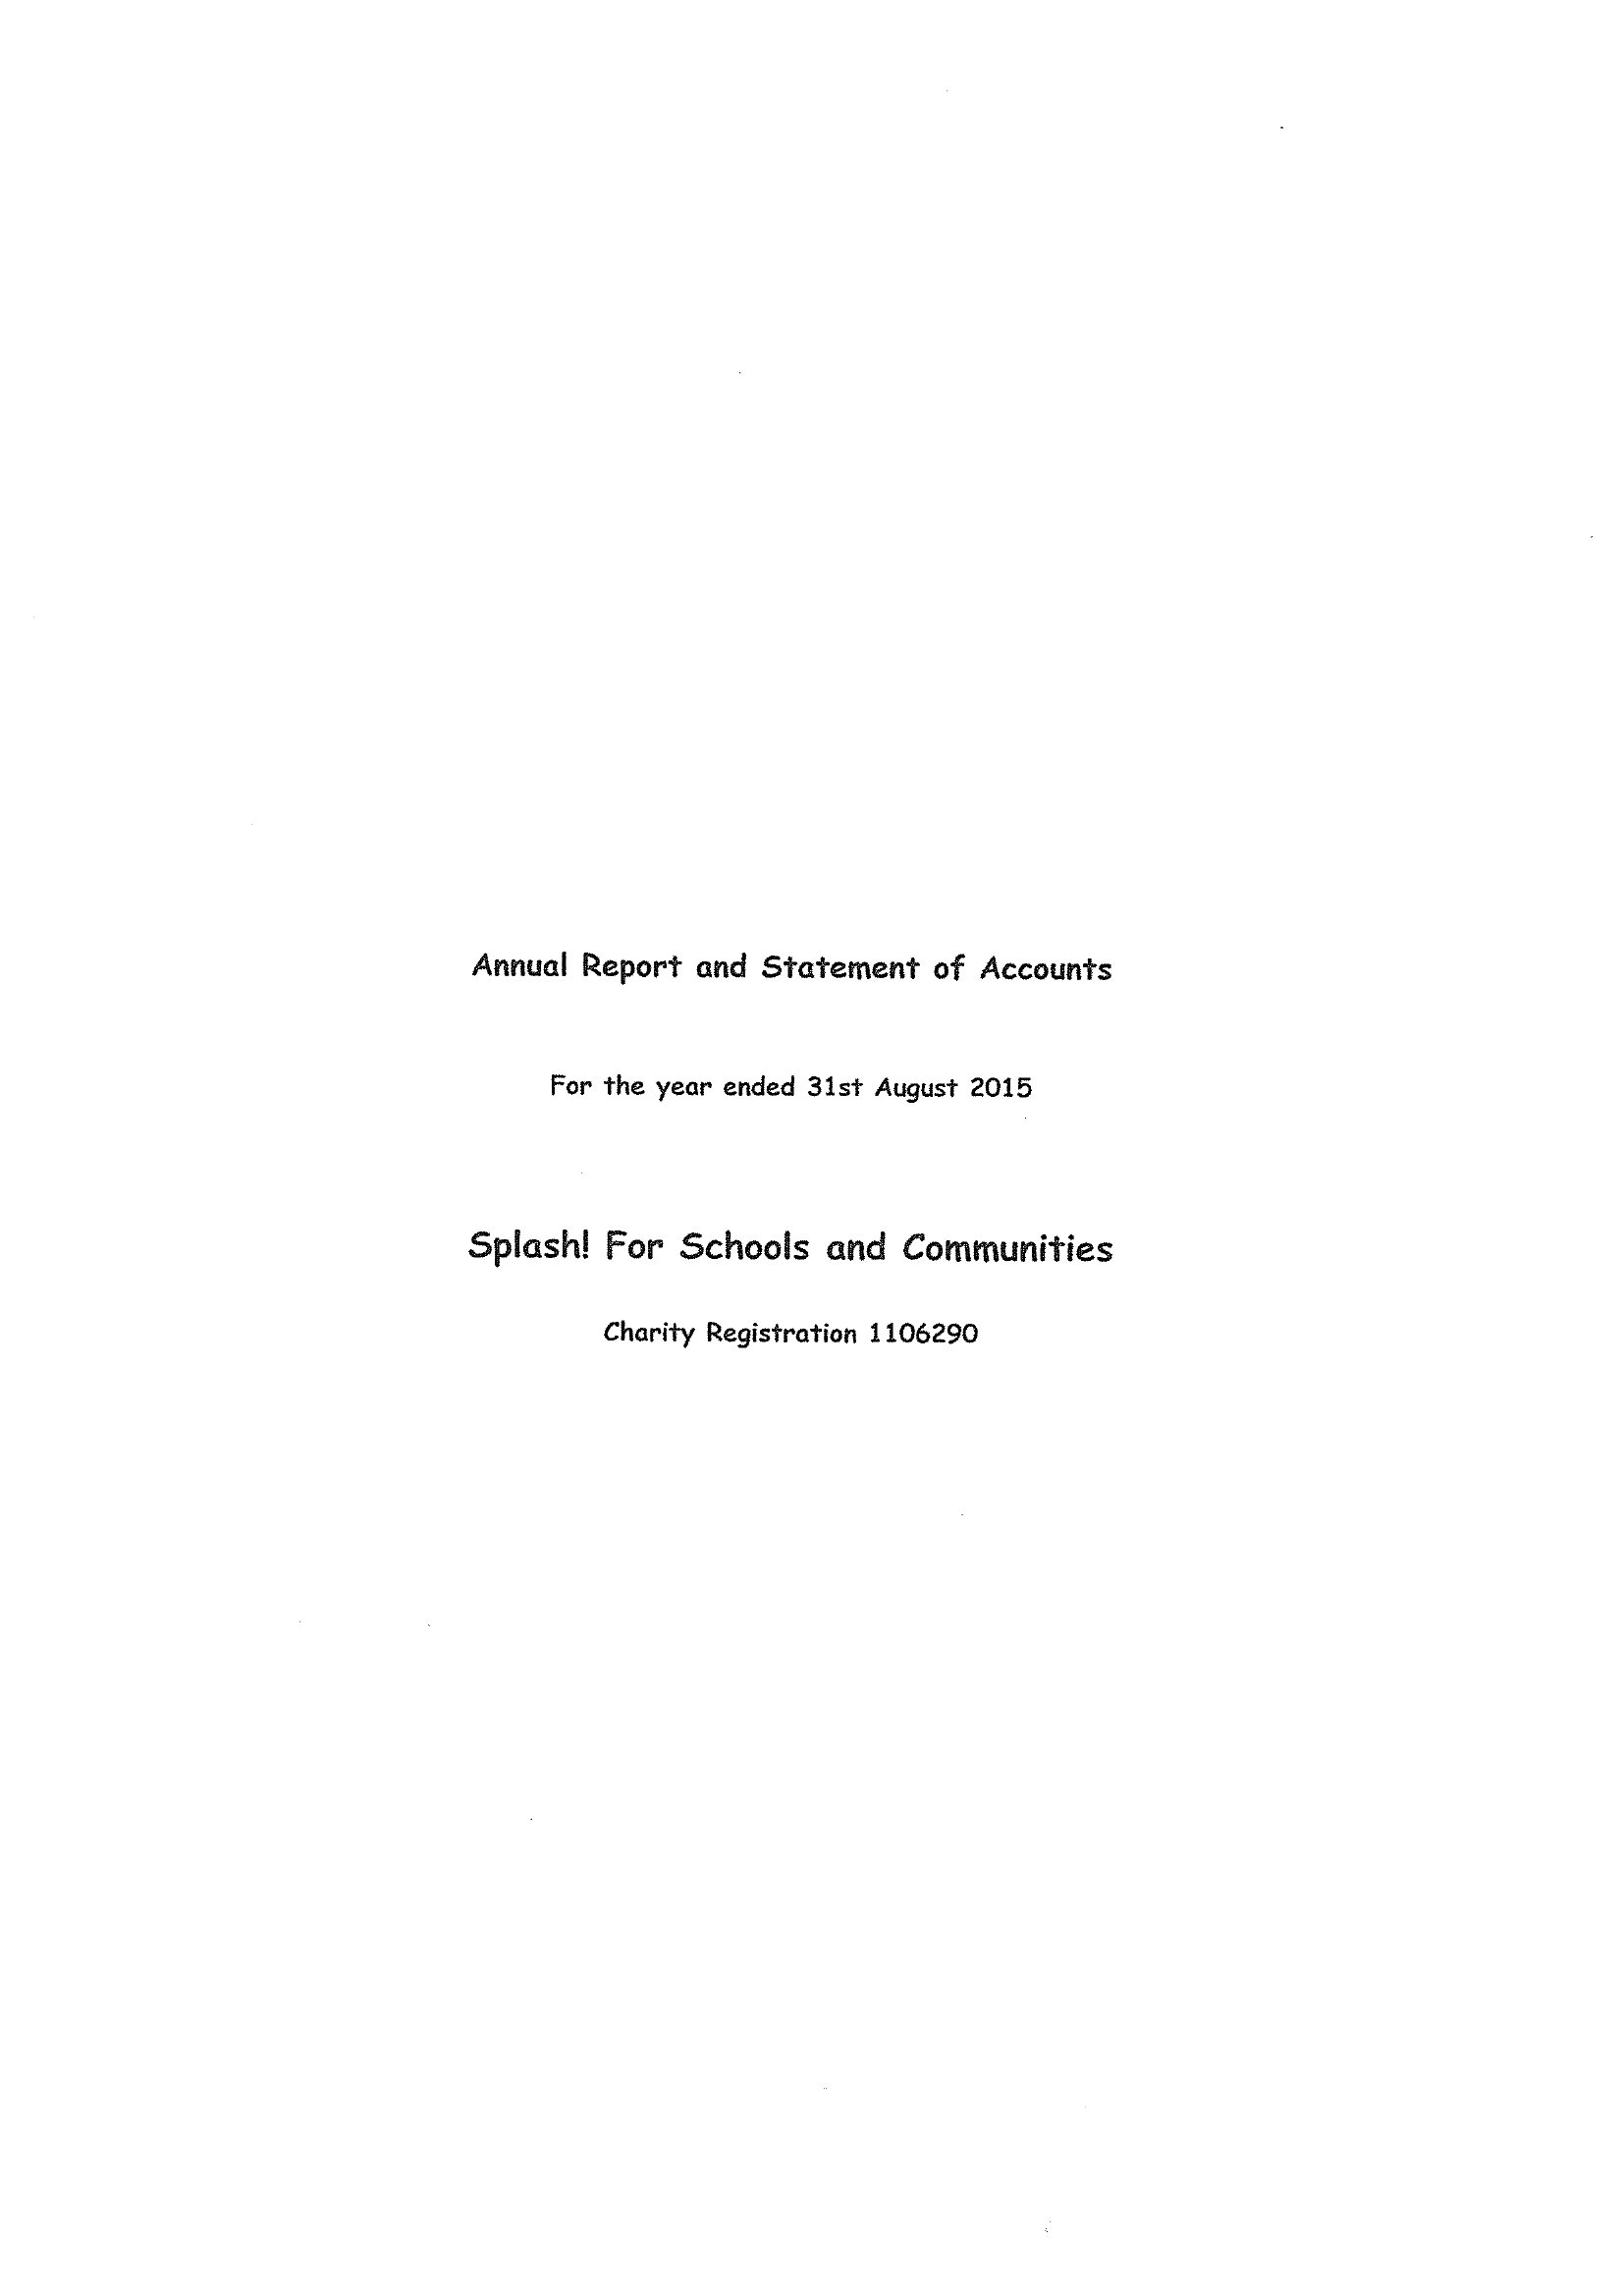
Annual Report and Statement of Accounts
     For the year ended 31st August 2015
     Splash! For Schools and Communities
     Charity Registration 1106290